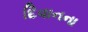
દિવાનના